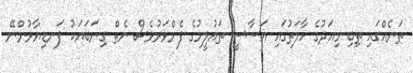
ތަނެއްގައި ތިބި މިއަދުގެ ހާލަތުގައި އަސާސީ ތައުލީމުގެ ފެންވަރުވެސް ނެތް ގިނަބަޔަކު ފަނޑިޔާރުންނޭ